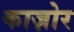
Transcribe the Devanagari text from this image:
काज़ोर